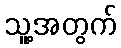
သူ့အတွက်